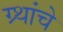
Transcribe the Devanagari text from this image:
ग्र्थांचे